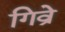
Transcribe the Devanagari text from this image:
गिव्रे